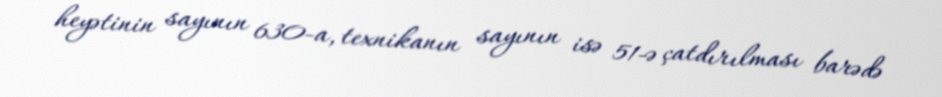
heyətinin sayının 630-a, texnikanın sayının isə 51-ə çatdırılması barədə